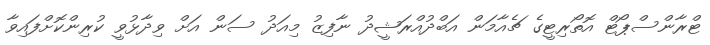
ޓްރާންސްޕޯޓް އޮތޯރިޓީގެ ޗެއާމަން އަބްދުއްރަޝީދު ނާފިޒު މިއަދު ސަން އަށް ވިދާޅުވީ ކުރިންކޮށްފައިވާ